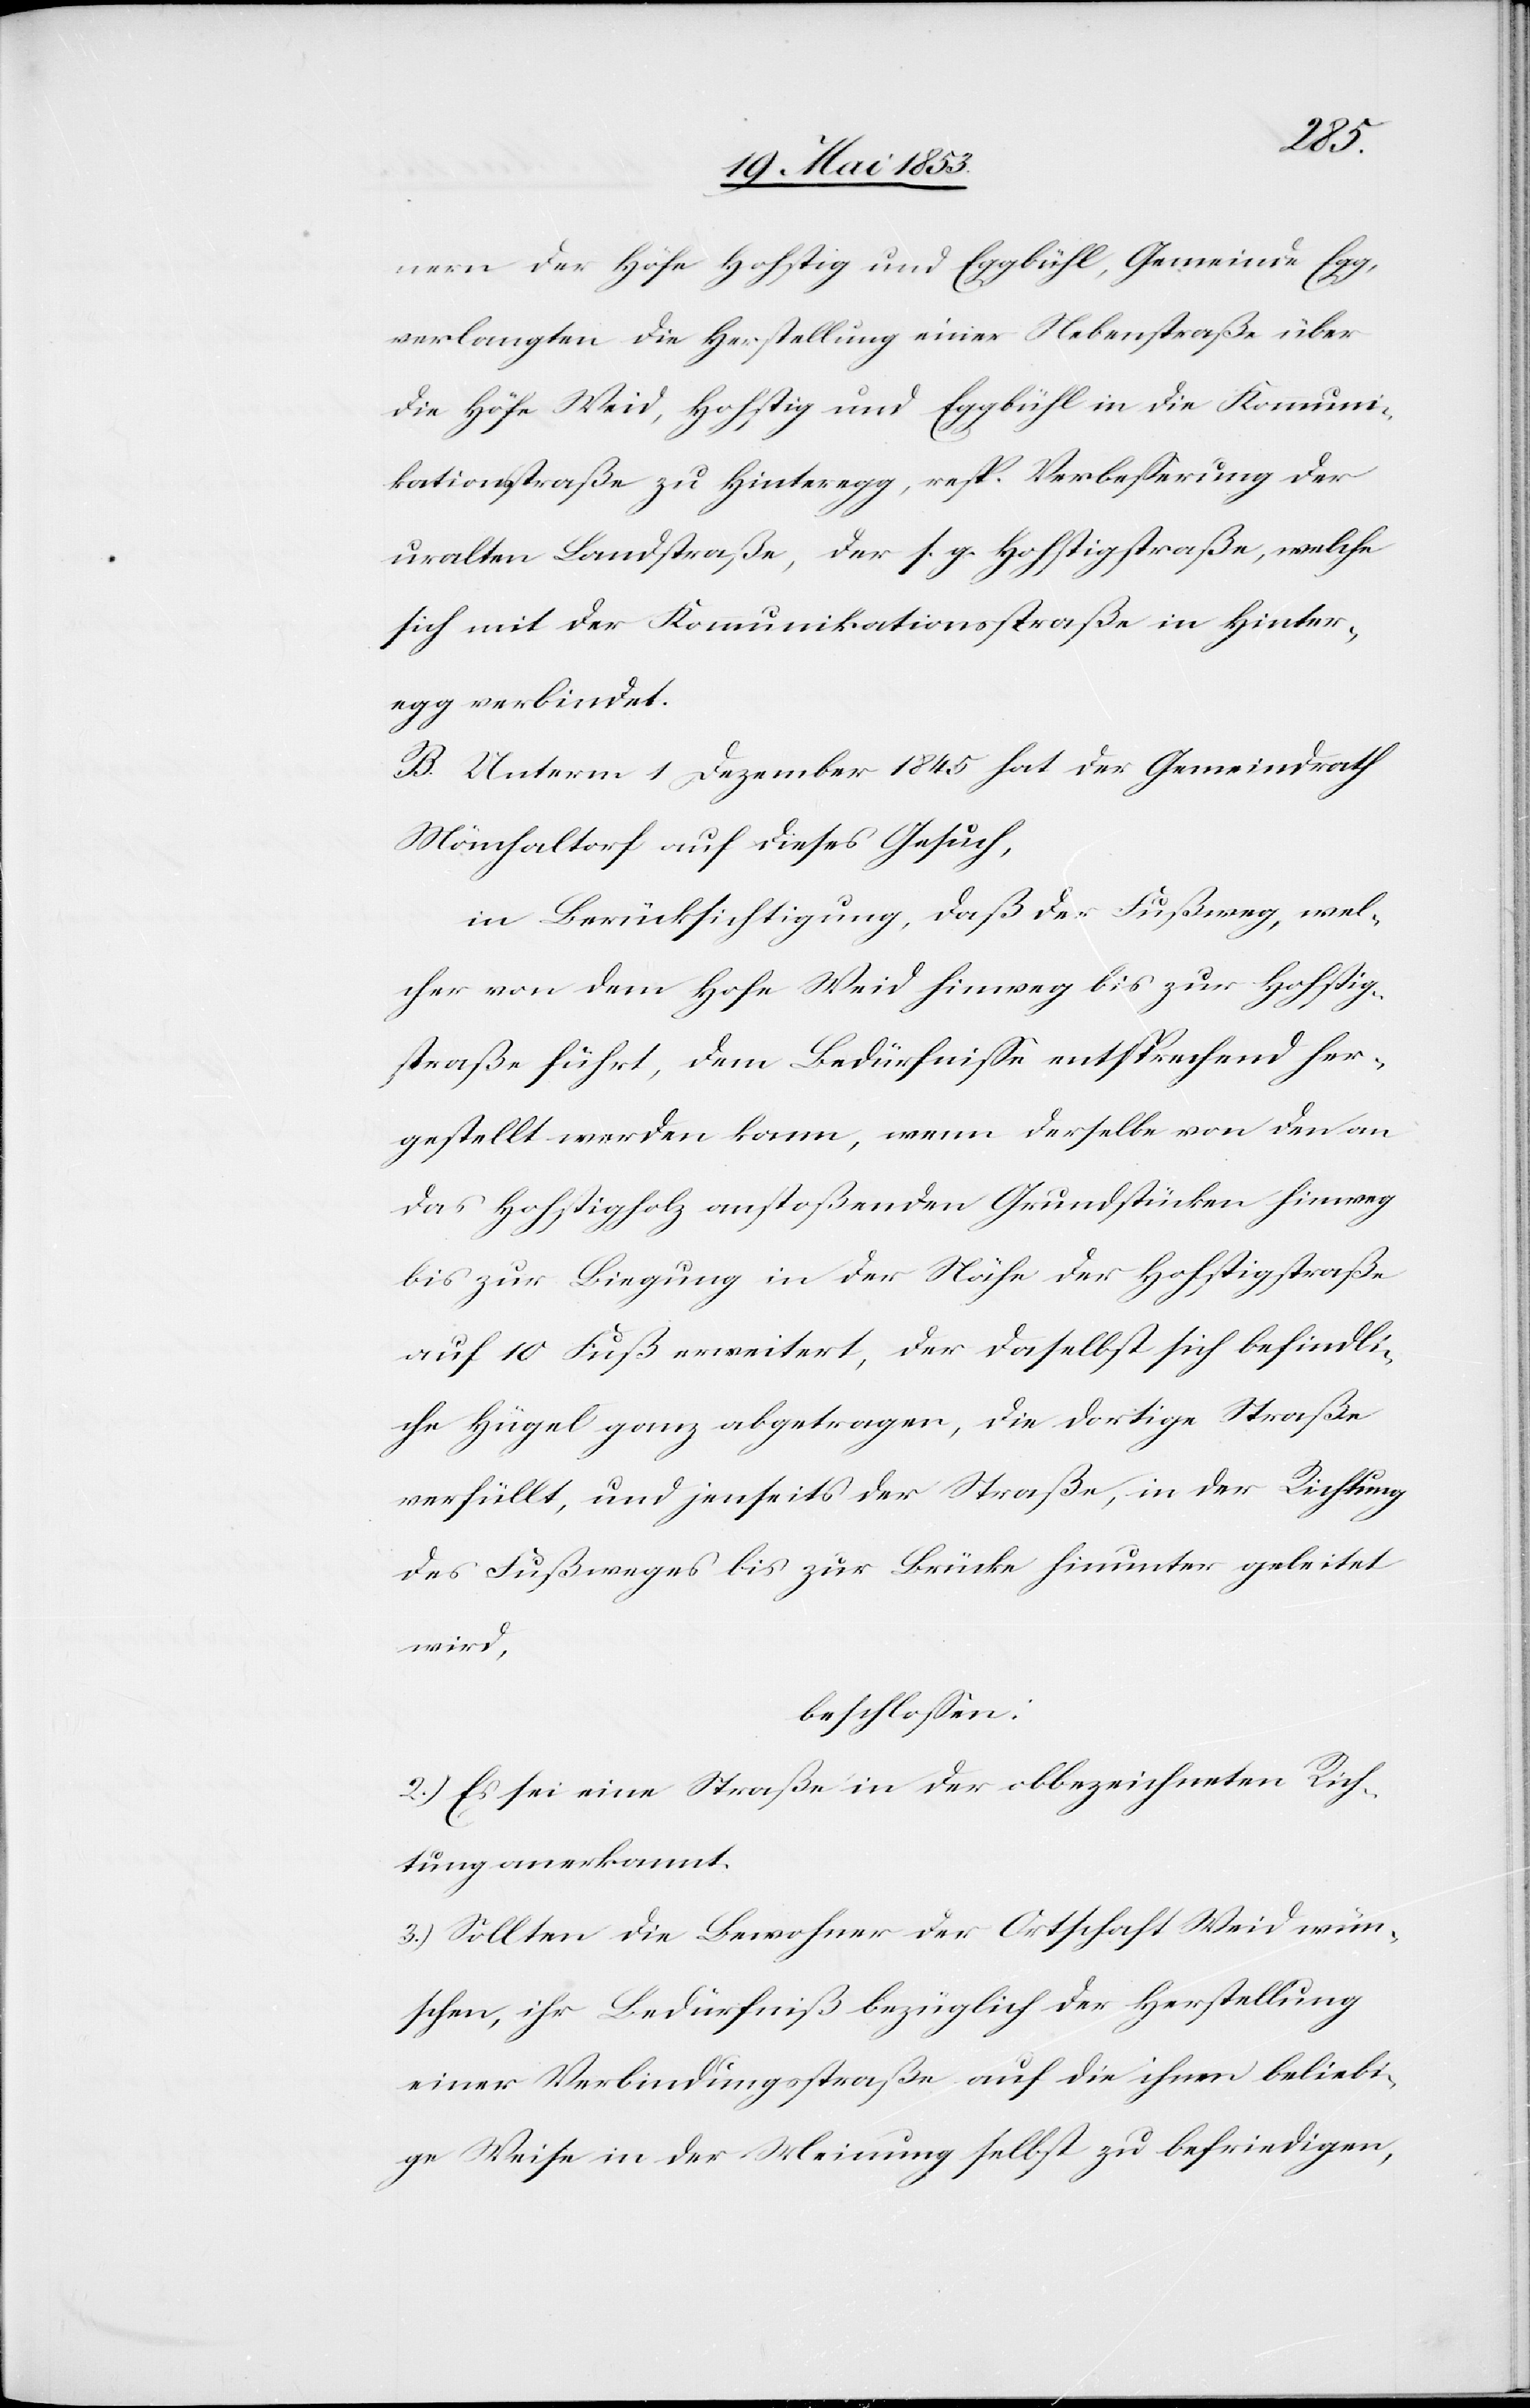
nern der Höfe Hohstig und Eggbühl, Gemeinde Egg,
verlangten die Herstellung einer Nebenstraße über
die Höfe Weid, Hohstig und Eggbühl in die Kommuni¬
kationsstraße zu Hinteregg, resp. Verbeßerung der
uralten Landstraße, der s. g. Hohstigstraße, welche
sich mit der Kommunikationsstraße in Hinter¬
egg verbindet.
B. Unterm 1 Dezember 1845 hat der Gemeindrath
Mönchaltorf auf dieses Gesuch,
in Berücksichtigung, daß der Fußweg, wel¬
cher von dem Hofe Weid hinweg bis zur Hohstig¬
straße fährt, dem Bedürfniße entsprechend her¬
gestellt werden kann, wenn derselbe von den an
das Hohstigholz anstoßenden Grundstücken hinweg
bis zur Biegung in der Nähe der Hohstigstraße
auf 10 Fuß erweitert, der daselbst sich befindli¬
che Hügel ganz abgetragen, die dortige Straße
verfüllt, und jenseits der Straße, in der Richtung
des Fußweges bis zur Brücke hinunter geleitet
wird,
beschloßen:
2.) Es sei eine Straße in der obbezeichneten Rich¬
tung anerkannt.
3.) Sollten die Bewohner der Ortschaft Weid wün¬
schen, ihr Bedürfniß bezüglich der Herstellung
einer Verbindungsstraße auf die ihnen beliebi¬
ge Weise in der Meinung selbst zu befriedigen,